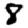
Digit: 8